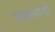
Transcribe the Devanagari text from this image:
शब्दरूपांची